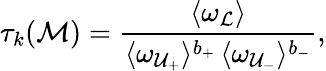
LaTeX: \tau_{k}({\cal M})=\frac{\langle\omega_{\cal L}\rangle}{\langle\omega_{{\cal U}_{+}}\rangle^{b_{+}}\, \langle\omega_{{\cal U}_{-}}\rangle^{b_{-}}}\mathrm{,}